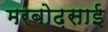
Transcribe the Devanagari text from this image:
मरबोढ़साई